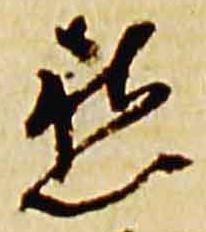
愁